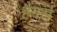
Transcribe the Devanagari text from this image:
हैंगर्स